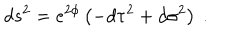
LaTeX: d s ^ { 2 } = e ^ { 2 \phi } \left( - d \tau ^ { 2 } + d \sigma ^ { 2 } \right) \ .